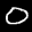
Label: 0